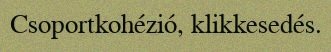
Csoportkohézió, klikkesedés.